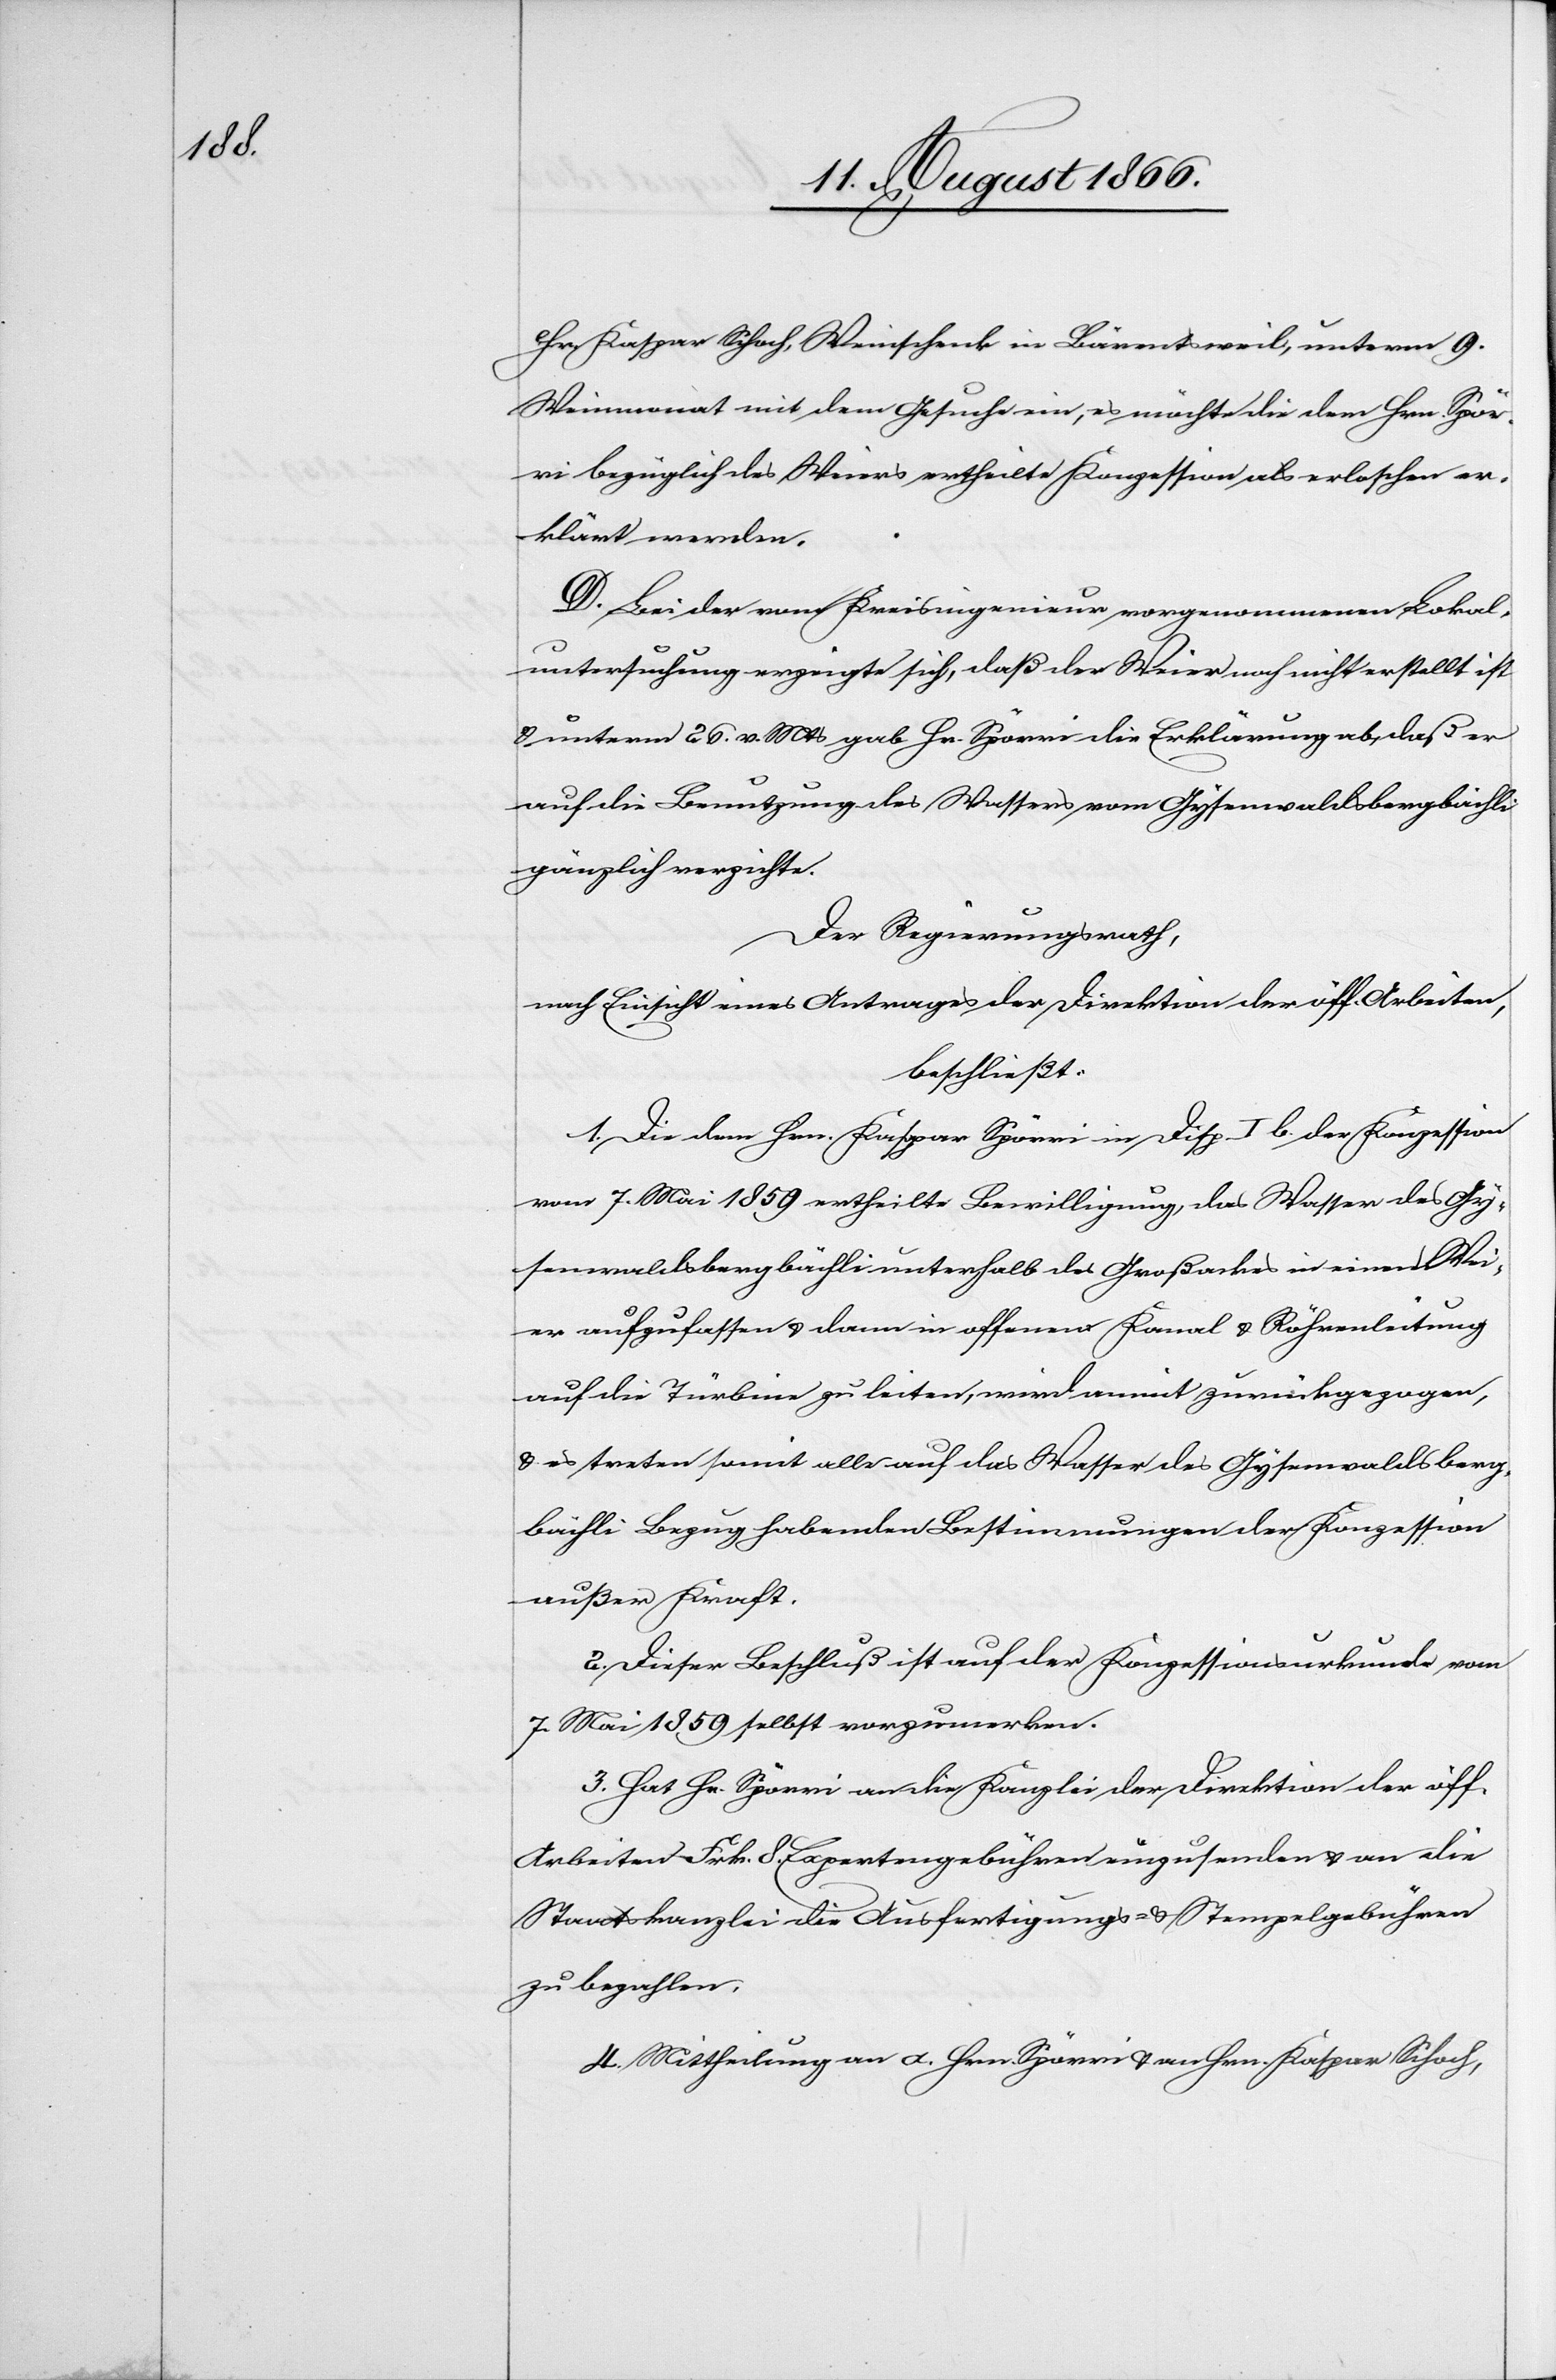
Hr. Kaspar Schoch, Weinschenk in Bärentsweil, unterm 9.
Weinmonat mit dem Gesuche ein, es möchte die dem Hrn. Spör¬
ri bezüglich des Weiers ertheilte Konzession als erloschen er¬
klärt werden.
D. Bei der vom Kreisingenieur vorgenommenen Lokal¬
untersuchung erzeigte sich, daß der Weier noch nicht erstellt ist
u. unterm 26. v. Mts. gab Hr. Spörri die Erklärung ab, daß er
auf die Benutzung des Wassers vom Gysenwaldbergbächli
gänzlich verzichte.
Der Regierungsrath,
nach Einsicht eines Antrages der Direktion der öff. Arbeiten,
beschließt:
1. Die dem Hrn. Spörri in Disp. I b. der Konzession
vom 7. Mai 1859 ertheilte Bewilligung, das Wasser des Gy¬
senwaldbergbächli unterhalb des Großackers in einen Wei¬
er aufzufassen u. dann in offener Kanal- u. Röhrenleitung
auf die Türbine zu leiten, wird anmit zurückgezogen,
u. es treten somit alle auf das Wasser des Gysenwaldberg¬
bächli Bezug habenden Bestimmungen der Konzession
außer Kraft.
2. Dieser Beschluß ist auf der Konzessionsurkunde vom
7. Mai 1859 selbst vorzumerken.
3. Hat Hr. Spörri an die Kanzlei der Direktion der öff.
Arbeiten Frk. 8. Expertengebühren einzusenden u. an die
Staatskanzlei die Ausfertigungs- u. Stempelgebühren
zu bezahlen.
4. Mittheilung an a. Hrn. Spörri u. an Hrn. Kaspar Schoch,